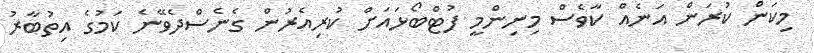
މިކަން ކުރަން އަނެއް ކާވެސް މިނިންމީ ފުޓްބޯޅައަށް ކުރިއެރުން ގެނެސްދެވޭނެ ކަމުގެ އިތުބާރު